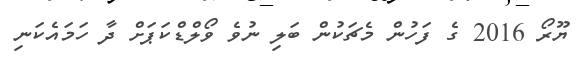
ޔޫރޯ 2016 ގެ ފަހުން މެޗަކުން ބަލި ނުވެ ވޯލްޑްކަޕަށް ދާ ހަމައެކަނި